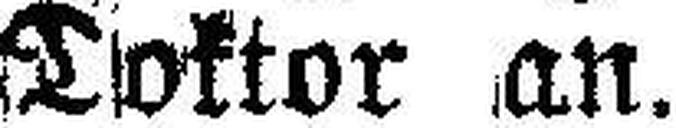
Doktor an.